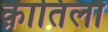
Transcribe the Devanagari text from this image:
क़ातिलों